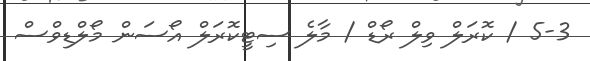
5-3 / ކޮރަލް ވިލް ރޯޑް / މާލެ ސިޓީކޮރަލް އޯސަން މޯލްޑިވްސް